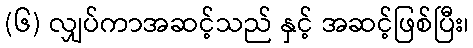
(၆) လျှပ်ကာအဆင့်သည် နှင့် အဆင့်ဖြစ်ပြီး၊